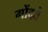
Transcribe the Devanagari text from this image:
गोंदते